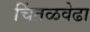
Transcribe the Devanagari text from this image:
चिंतळवेढा